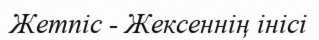
Жетпіс - Жексеннің інісі